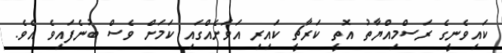
ކައިވެނީގެ ރަސްމިއްޔާތު އޮތީ ކަރާޗީ ކައިރި އަވަށެއްގައި ކަމަށް ވެސް ބުނެފައިވެ އެވެ.